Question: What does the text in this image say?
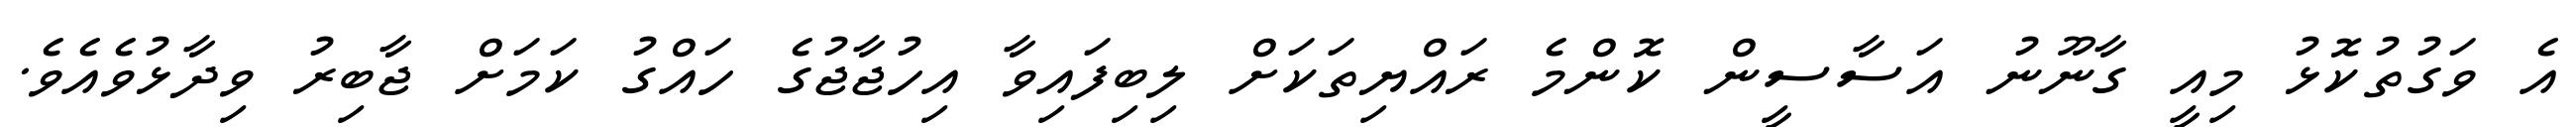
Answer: އެ ވަގުތުކޮޅު މިއީ ގާނޫނު އަސާސީން ކޮންމެ ރައްޔިތަކަށް ލިބިފައިވާ އިހުޖާޖުގެ ހައްގު ކަމަށް ޖާބިރު ވިދާޅުވެއެވެ.